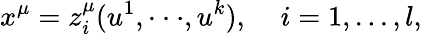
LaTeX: x^{\mu}=z_{i}^{\mu}(u^{1},\cdot\cdot\cdot,u^{k}),\; \; \; \; i=1,...,l,